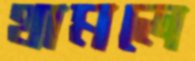
থামলে